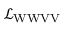
{ \mathcal { L } } _ { \mathrm { W W V V } }